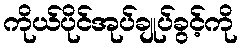
ကိုယ်ပိုင်အုပ်ချုပ်ခွင့်ကို